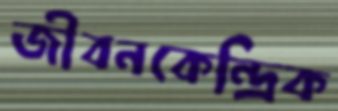
জীবনকেন্দ্রিক